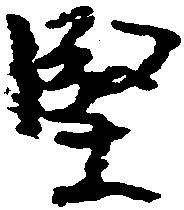
堅